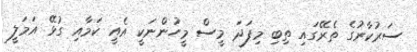
ސަރުކާރުގެ ތެރޭގައި ތިބި މިފަދަ މީސް މީހުންނަކީ އެއީ ކަމާއި ގުޅޭ އަމަލީ